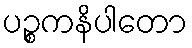
ပဉ္စကနိပါတော